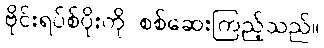
ဗိုင်းရပ်စ်ပိုးကို စစ်ဆေးကြည့်သည်။